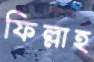
ফিল্লাহ